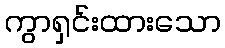
ကွာရှင်းထားသော